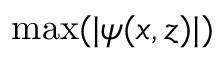
\operatorname* { m a x } ( | \psi ( x , z ) | )